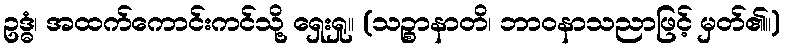
ဥဒ္ဓံ၊ အထက်ကောင်းကင်သို့ ရှေးရှု။ (သဉ္စာနာတိ၊ ဘာဝနာသညာဖြင့် မှတ်၏။)